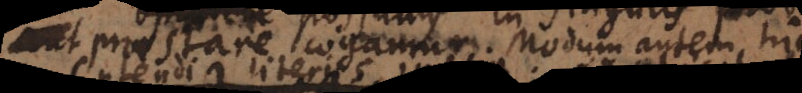
praestare cogamur. Modum autem hic